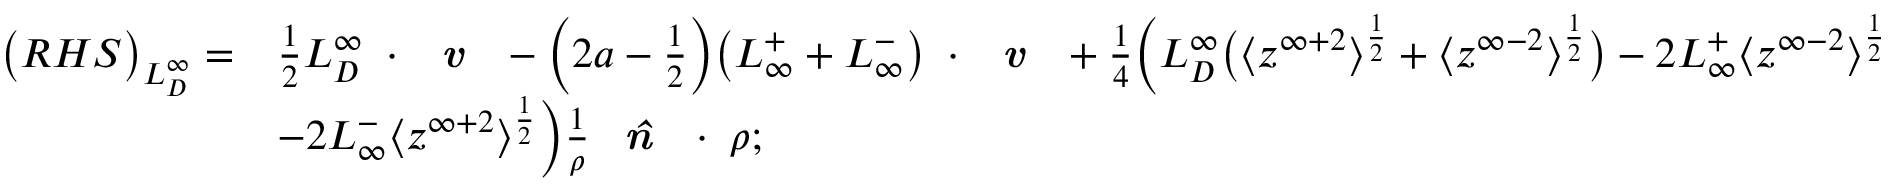
\begin{array} { r l } { \big ( R H S \big ) _ { L _ { D } ^ { \infty } } = } & { \frac { 1 } { 2 } L _ { D } ^ { \infty } \mathbf { \nabla } \cdot \textbf { \emph { v } } - \Big ( 2 a - \frac { 1 } { 2 } \Big ) \big ( L _ { \infty } ^ { + } + L _ { \infty } ^ { - } \big ) \mathbf { \nabla } \cdot \textbf { \emph { v } } + \frac { 1 } { 4 } \Big ( L _ { D } ^ { \infty } \big ( \big < z ^ { \infty + 2 } \big > ^ { \frac { 1 } { 2 } } + \big < z ^ { \infty - 2 } \big > ^ { \frac { 1 } { 2 } } \big ) - 2 L _ { \infty } ^ { + } \big < z ^ { \infty - 2 } \big > ^ { \frac { 1 } { 2 } } } \\ & { - 2 L _ { \infty } ^ { - } \big < z ^ { \infty + 2 } \big > ^ { \frac { 1 } { 2 } } \Big ) \frac { 1 } { \rho } \textbf { \emph { \^ n } } \cdot \mathbf { \nabla } \rho ; } \end{array}